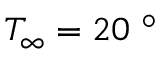
T _ { \infty } = 2 0 ~ ^ { \circ }